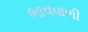
ભાવવાળી